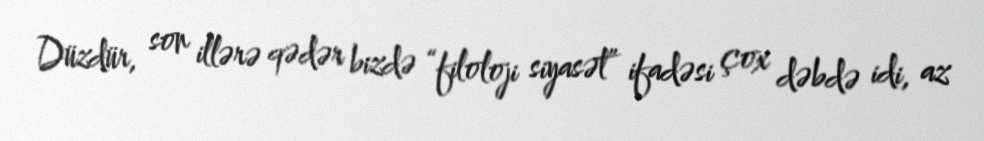
Düzdür, son illərə qədər bizdə “filoloji siyasət” ifadəsi çox dəbdə idi, az